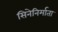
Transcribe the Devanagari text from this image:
सिनेनिर्माता